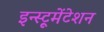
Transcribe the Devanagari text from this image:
इन्स्ट्रूमेंटेशन